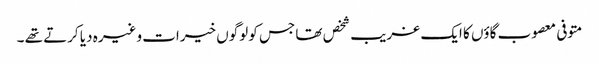
متوفی معصوب گاؤں کا ایک غریب شخص تھا جس کو لوگوں خیرات وغیرہ دیا کرتے تھے ۔